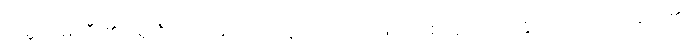
ကမ္ဘာမြေကြီး၏ ရှေးဦးသမိုင်းကာလတွင် အလင်းဖြင့် အစာချက်လုပ်နိုင်သည့် အပင်များ၏